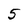
Character: 5